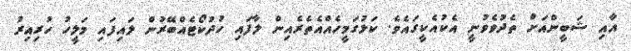
އާއި ޝަބީންއަށް ތެދުވެވުނީ އެކުއެކީގައެވެ. ކަޅުގަމީހެއްއެތެރެއިން ލާފައި ހުދުކޯޓެއްބޭރުން ލައިފައި މަލީހު ހުރިއިރު